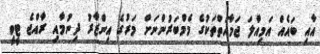
އާއި ބައެއް އަމިއްލަ ޖަމާއަތްތަކުގެ މެމްބަރުންނަށް މަރުގެ އިންޒާރު ދިނުމާއި ރާއްޖެ ޓީވީ